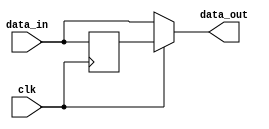
module sequential_logic_block (
   input wire clk, // Clock signal
   input wire data_in, // Input data signal
   output reg data_out // Output data signal
);

reg data_temp; // Temporary data storage for D flip-flop

always @(posedge clk) begin
    if (clk) begin
        data_temp <= data_in; // Store input data on rising clock edge
    end
end

assign data_out = (clk) ? data_temp : data_in; // Pass input data through Transparent latch

endmodule